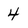
Character: 4